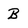
Character: B